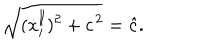
LaTeX: \sqrt { ( { \dot { x } } _ { i } ^ { \parallel } ) ^ { 2 } + c ^ { \kern 1 p t 2 } } = \hat { c } .